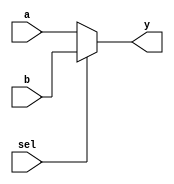
module mux2_32(a,b,sel,y);//2 input 32-bit mux
    input   [31:0]   a ;
    input   [31:0]   b ;
    input            sel ;
    output  [31:0]   y;
    
    reg   [31:0]   y;
    
    always @(*)
       if (sel == 0)
          y <= a ;
       else y <= b ;
endmodule

module mux2_30(a,b,sel,y);//2 input 30-bit mux
    input   [31:2]   a ;
    input   [31:2]   b ;
    input            sel ;
    output  [31:2]   y;
    
    reg   [31:2]   y;
    
    always @(*)
       if (sel == 0)
          y <= a ;
       else y <= b ;
endmodule

module mux3_5(a,b,c,sel,y);   //3 input 5-bit mux
    input   [4:0]   a ;
    input   [4:0]   b ;
    input   [4:0]   c ;
    input   [1:0]   sel ;
    output  [4:0]   y;
    
    reg   [4:0]   y;
    
    always @(*)
       if (sel == 2'b00)
          y <= a ;
       else if (sel == 2'b01)
                y <= b ;
            else y <= c;
endmodule

module mux3_32(a,b,c,sel,y);   //3 input 32-bit mux
    input   [31:0]   a ;
    input   [31:0]   b ;
    input   [31:0]   c ;
    input   [1:0]    sel ;
    output  [31:0]   y;
    
    reg   [31:0]   y;
    
    always @(*)
    begin
       if (sel == 2'b00)
          y <= a ;
       else 
          begin
             if (sel == 2'b01)
                y <= b ;
             else y <= c;
          end
    end
endmodule


module mux7_32(a,b,c,d,e,f,g,sel,y);   //3 input 32-bit mux
    input   [31:0]   a ;
    input   [31:0]   b ;
    input   [31:0]   c ;
    input   [31:0]   d ;
    input   [31:0]   e ;
    input   [31:0]   f ;
    input   [31:0]   g ;
    input   [2:0]    sel ;
    output  [31:0]   y;
    
    reg   [31:0]   y;
    
    always @(*)
       y = (sel == 3'b000) ? a :
           (sel == 3'b001) ? b :
           (sel == 3'b010) ? c :
           (sel == 3'b011) ? d :
           (sel == 3'b100) ? e :
           (sel == 3'b101) ? f :
           (sel == 3'b110) ? g :
                             32'b0 ;
endmodule